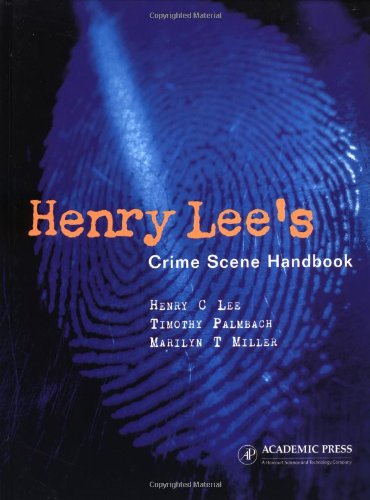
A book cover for Henry Lee's Crime Scene Handbook; Henry C. Lee; Law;